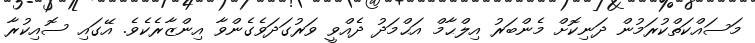
މަސައްކަތްކުރަމުން ދަނިކޮށް މެންބަރު އިލްޙާމް އަޙްމަދު ދެއްވީ ވަރުގަދަވެގެންވާ އިންޒާރެކެވެ. އޭގައި ސޮއިކުރާ